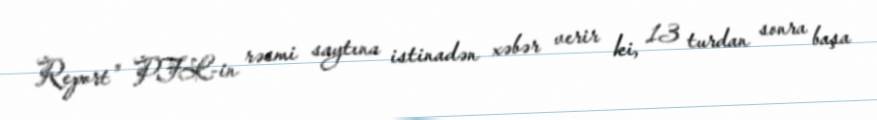
Report" PFL-in rəsmi saytına istinadən xəbər verir ki, 13 turdan sonra başa